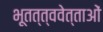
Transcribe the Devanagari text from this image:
भूतत्त्ववेत्ताओं